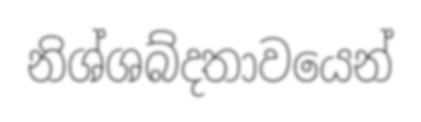
නිශ්ශබ්දතාවයෙන්